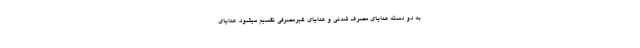
به دو دسته هدایای مصرف شدنی و هدایای غیرمصرفی تقسیم میشود. هدایای